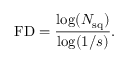
\mathrm { F D } = \frac { \log ( N _ { \mathrm { s q } } ) } { \log ( 1 / s ) } .